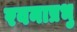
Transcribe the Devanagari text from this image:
रवनाप्रभु